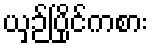
ယှဉ်ပြိုင်ကစား